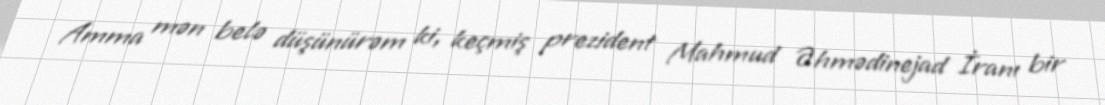
Amma mən belə düşünürəm ki, keçmiş prezident Mahmud Əhmədinejad İranı bir